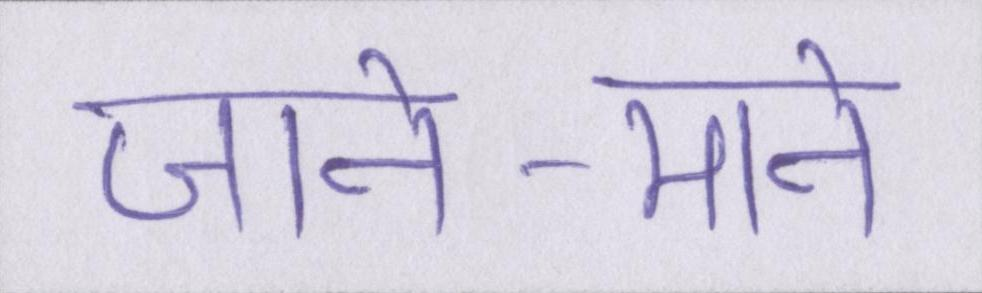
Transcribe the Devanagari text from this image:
जाने-माने